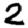
Digit: 2